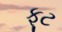
ફૂટ